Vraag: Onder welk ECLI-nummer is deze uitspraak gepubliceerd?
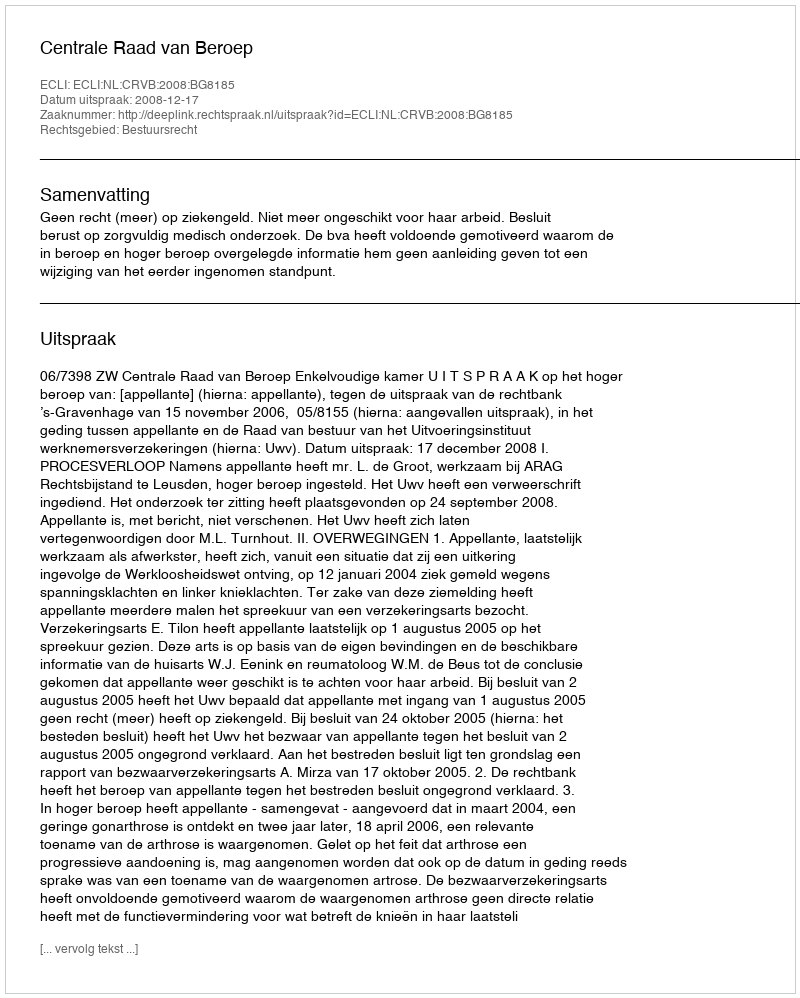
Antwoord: ECLI:NL:CRVB:2008:BG8185